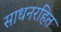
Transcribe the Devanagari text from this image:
साधनरहित